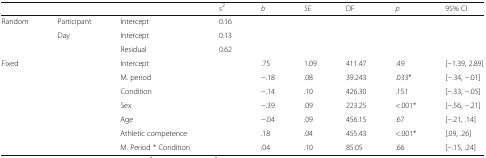
<table><thead><tr><td></td><td></td><td></td><td><b>s<sup>2</sup></b></td><td><b><i>b</i></b></td><td><b><i>SE</i></b></td><td><b>DF</b></td><td><b><i>p</i></b></td><td><b>95% CI</b></td></tr></thead><tbody><tr><td>Random</td><td>Participant</td><td>Intercept</td><td>0.16</td><td></td><td></td><td></td><td></td><td></td></tr><tr><td></td><td>Day</td><td>Intercept</td><td>0.13</td><td></td><td></td><td></td><td></td><td></td></tr><tr><td></td><td></td><td>Residual</td><td>0.62</td><td></td><td></td><td></td><td></td><td></td></tr><tr><td>Fixed</td><td></td><td>Intercept</td><td></td><td>.75</td><td>1.09</td><td>411.47</td><td>.49</td><td>[−1.39, 2.89]</td></tr><tr><td></td><td></td><td>M. period</td><td></td><td>−.18</td><td>.08</td><td>39.243</td><td>.033*</td><td>[−.34, −.01]</td></tr><tr><td></td><td></td><td>Condition</td><td></td><td>−.14</td><td>.10</td><td>426.30</td><td>.151</td><td>[−.33, −.05]</td></tr><tr><td></td><td></td><td>Sex</td><td></td><td>−.39</td><td>.09</td><td>223.25</td><td>&lt;.001*</td><td>[−.56, −.21]</td></tr><tr><td></td><td></td><td>Age</td><td></td><td>−.04</td><td>.09</td><td>456.15</td><td>.67</td><td>[−.21, .14]</td></tr><tr><td></td><td></td><td>Athletic competence</td><td></td><td>.18</td><td>.04</td><td>455.43</td><td>&lt;.001*</td><td>[.09, .26]</td></tr><tr><td></td><td></td><td>M. Period * Condition</td><td></td><td>.04</td><td>.10</td><td>85.05</td><td>.66</td><td>[−.15, .24]</td></tr></tbody></table>